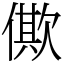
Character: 僛